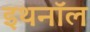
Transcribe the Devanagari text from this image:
इथनॉल